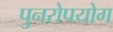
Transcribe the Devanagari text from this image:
पुनरोपयोग